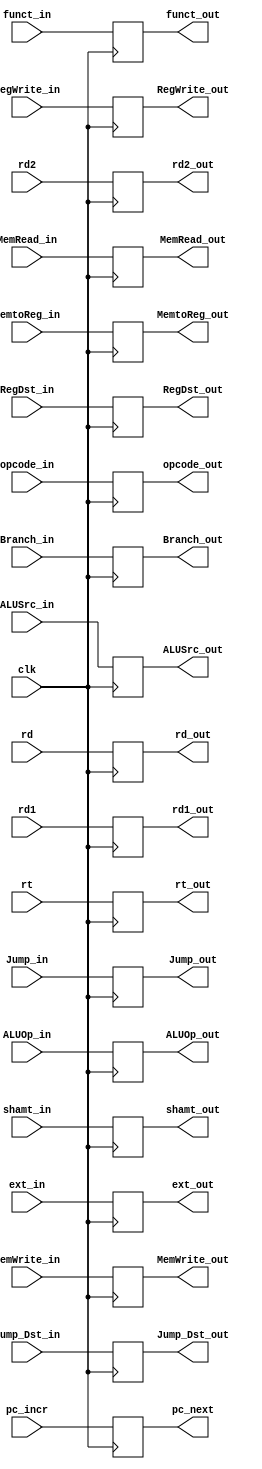
module ID_EX (  clk, pc_incr, rd1, rd2, ext_in, Jump_Dst_in, shamt_in, rt, rd , opcode_in,
				funct_in, funct_out, pc_next, rd1_out, rd2_out, ext_out, Jump_Dst_out, shamt_out,
				rt_out, rd_out, ALUOp_in, RegDst_in, ALUSrc_in, MemRead_in, MemWrite_in, opcode_out,
				Branch_in, RegWrite_in, MemtoReg_in, Jump_in, RegDst_out, ALUSrc_out, MemRead_out, 
				MemWrite_out, Branch_out, RegWrite_out, MemtoReg_out, Jump_out, ALUOp_out ) ;


	input 				clk  ;
	
	input	[1:0]		ALUOp_in ;
	input	[4:0]		rt,     rd ;
	input	[5:0]  	 	funct_in, opcode_in ;
	input 	[31:0]		pc_incr, rd1, 	  rd2,	   ext_in, 	Jump_Dst_in,  shamt_in ;
	input			RegDst_in,  ALUSrc_in,  MemRead_in,  MemWrite_in,  Branch_in,  RegWrite_in,  MemtoReg_in,  Jump_in	;		
	output	reg	[1:0]	ALUOp_out ;
	output	reg [4:0]	rt_out, rd_out ;
	output	reg	[5:0] 	funct_out, opcode_out ;
	output	reg	[31:0]	pc_next, rd1_out, rd2_out, ext_out, Jump_Dst_out, shamt_out ;
	output	reg		RegDst_out, ALUSrc_out, MemRead_out, MemWrite_out, Branch_out, RegWrite_out, MemtoReg_out, Jump_out ;
	

	
	always @( posedge clk ) begin
	
		
 		funct_out 	 <= funct_in ;
		pc_next 	 <= pc_incr ;
		rd1_out		 <= rd1 ;
		rd2_out 	 <= rd2 ;
		ext_out 	 <= ext_in ;
		Jump_Dst_out <= Jump_Dst_in ;
		shamt_out 	 <= shamt_in ;
		rt_out 		 <= rt ;
		rd_out  	 <= rd ;
		opcode_out	 <= opcode_in ;
		ALUOp_out 	 <= ALUOp_in ;
		RegDst_out 	 <= RegDst_in ;
		ALUSrc_out 	 <= ALUSrc_in ;
		MemRead_out  <= MemRead_in ;
		MemWrite_out <= MemWrite_in ;
		Branch_out 	 <= Branch_in ;
		MemtoReg_out <= MemtoReg_in ;
		Jump_out 	 <= Jump_in ;
		RegWrite_out <= RegWrite_in ;

	end
	
endmodule